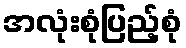
အလုံးစုံပြည့်စုံ